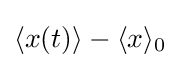
\langle x(t)\rangle -\langle x\rangle _{0}